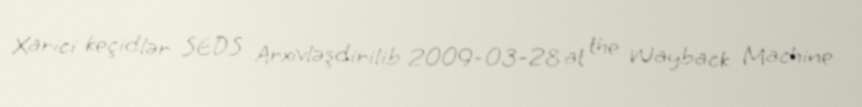
Xarici keçidlər SEDS Arxivləşdirilib 2009-03-28 at the Wayback Machine